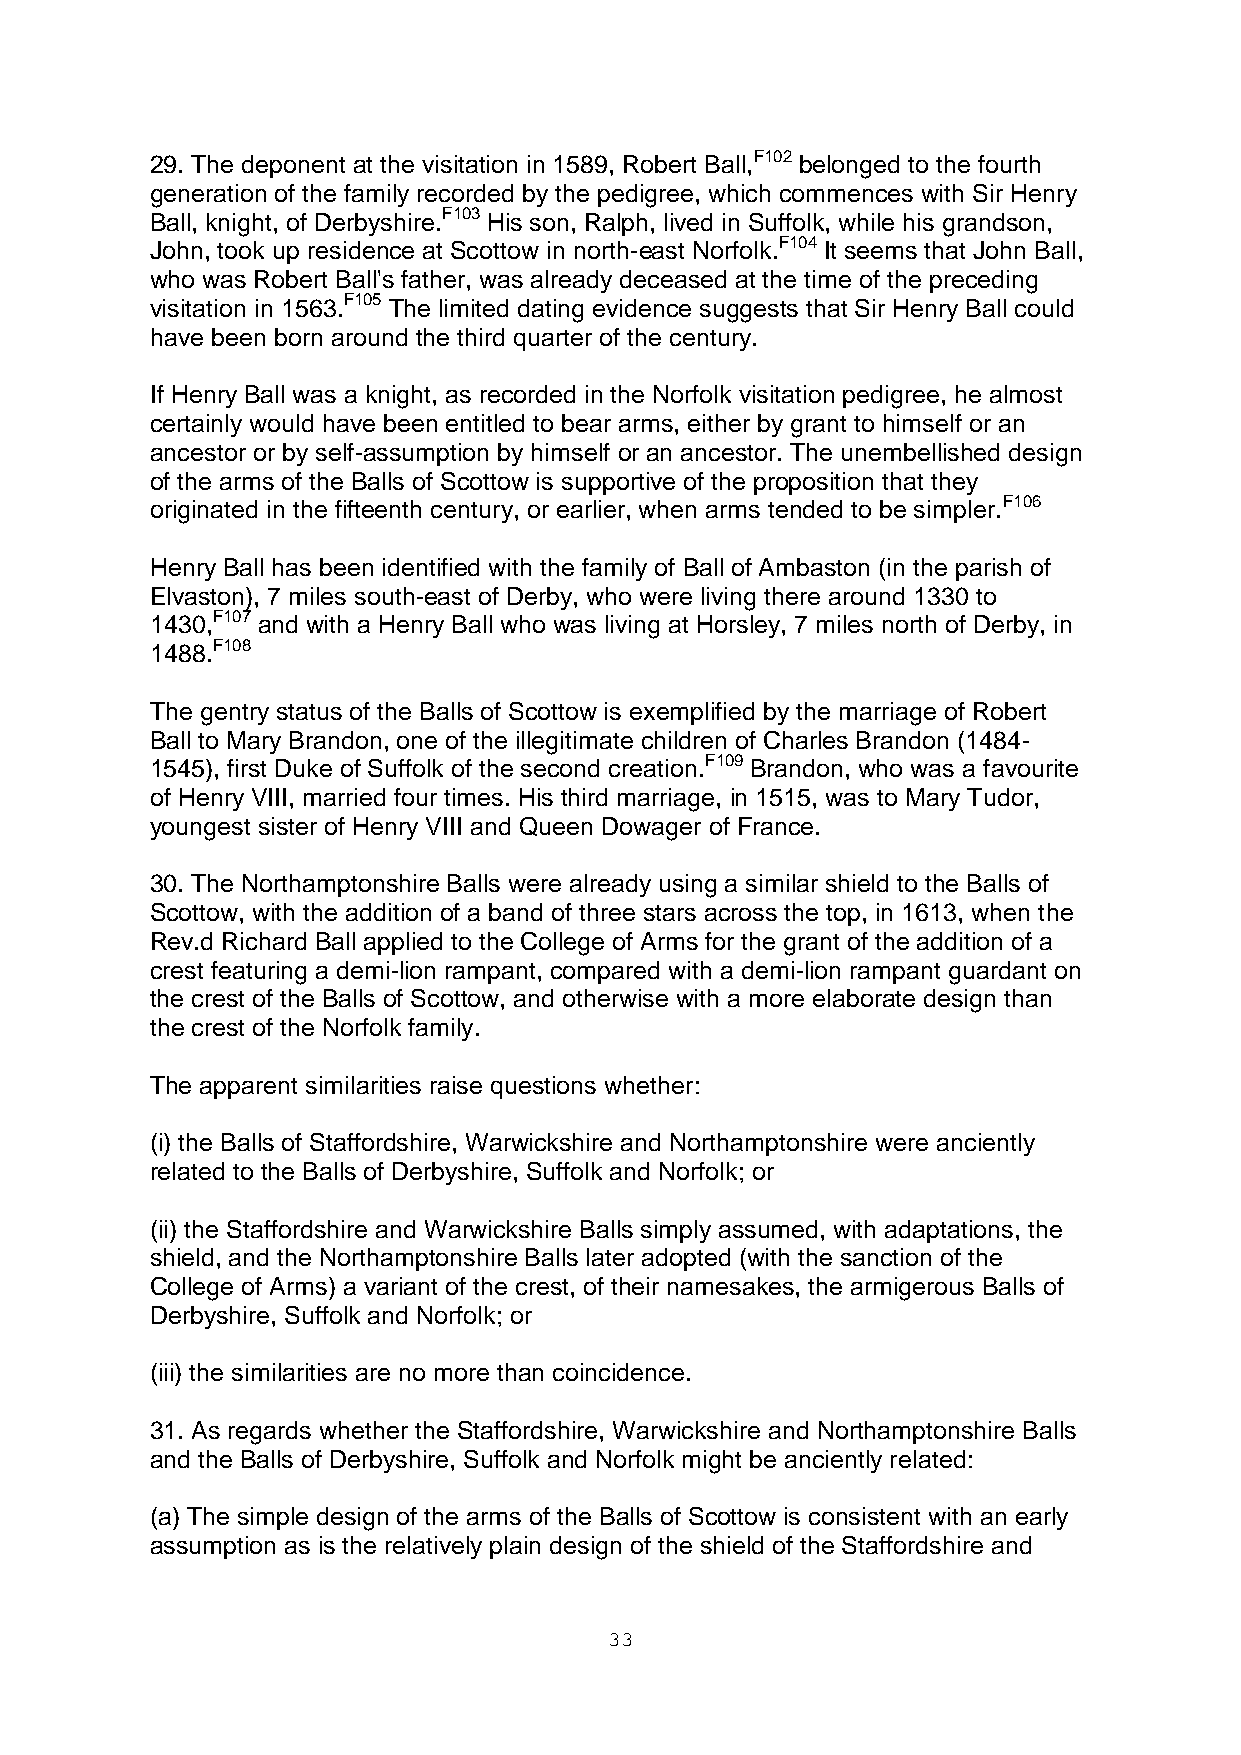
29. The deponent at the visitation in 1589, Robert Ball,F102 belonged to the fourth
 generation of the family recorded by the pedigree, which commences with Sir Henry
 Ball, knight, of Derbyshire.F103 His son, Ralph, lived in Suffolk, while his grandson,
 John, took up residence at Scottow in north-east Norfolk.F104 It seems that John Ball,
 who was Robert Ball's father, was already deceased at the time of the preceding
 visitation in 1563.F105 The limited dating evidence suggests that Sir Henry Ball could
 have been born around the third quarter of the century.
 If Henry Ball was a knight, as recorded in the Norfolk visitation pedigree, he almost
 certainly would have been entitled to bear arms, either by grant to himself or an
 ancestor or by self-assumption by himself or an ancestor. The unembellished design
 of the arms of the Balls of Scottow is supportive of the proposition that they
 originated in the fifteenth century, or earlier, when arms tended to be simpler.F106
 Henry Ball has been identified with the family of Ball of Ambaston (in the parish of
 Elvaston), 7 miles south-east of Derby, who were living there around 1330 to
 1430,F107 and with a Henry Ball who was living at Horsley, 7 miles north of Derby, in
 1488.F108
 The gentry status of the Balls of Scottow is exemplified by the marriage of Robert
 Ball to Mary Brandon, one of the illegitimate children of Charles Brandon (1484-
 1545), first Duke of Suffolk of the second creation.F109 Brandon, who was a favourite
 of Henry VIII, married four times. His third marriage, in 1515, was to Mary Tudor,
 youngest sister of Henry VIII and Queen Dowager of France.
 30. The Northamptonshire Balls were already using a similar shield to the Balls of
 Scottow, with the addition of a band of three stars across the top, in 1613, when the
 Rev.d Richard Ball applied to the College of Arms for the grant of the addition of a
 crest featuring a demi-lion rampant, compared with a demi-lion rampant guardant on
 the crest of the Balls of Scottow, and otherwise with a more elaborate design than
 the crest of the Norfolk family.
 The apparent similarities raise questions whether:
 (i) the Balls of Staffordshire, Warwickshire and Northamptonshire were anciently
 related to the Balls of Derbyshire, Suffolk and Norfolk; or
 (ii) the Staffordshire and Warwickshire Balls simply assumed, with adaptations, the
 shield, and the Northamptonshire Balls later adopted (with the sanction of the
 College of Arms) a variant of the crest, of their namesakes, the armigerous Balls of
 Derbyshire, Suffolk and Norfolk; or
 (iii) the similarities are no more than coincidence.
 31. As regards whether the Staffordshire, Warwickshire and Northamptonshire Balls
 and the Balls of Derbyshire, Suffolk and Norfolk might be anciently related:
 (a) The simple design of the arms of the Balls of Scottow is consistent with an early
 assumption as is the relatively plain design of the shield of the Staffordshire and
 33